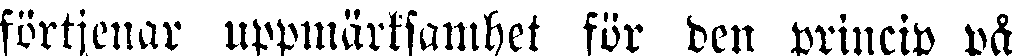
förtjenar uppmärksamhet för den princip på